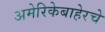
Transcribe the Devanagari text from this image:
अमेरिकेबाहेरचे